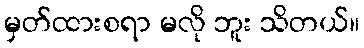
မှတ်ထားစရာ မလို ဘူး သိတယ်။